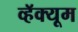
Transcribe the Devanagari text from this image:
व्हॅक्यूम